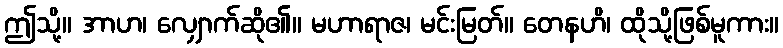
ဤသို့။ အာဟ၊ လျှောက်ဆို၏။ မဟာရာဇ၊ မင်းမြတ်။ တေနဟိ၊ ထိုသို့ဖြစ်မူကား။